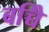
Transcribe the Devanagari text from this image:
बच्चेि